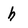
Character: h